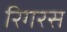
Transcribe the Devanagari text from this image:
रिगरस